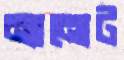
ন্যানোট